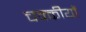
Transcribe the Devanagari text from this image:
चक्कीयों